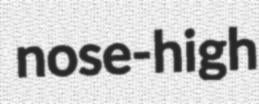
nose-high